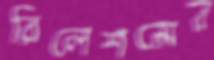
রিলেশন্সের